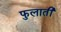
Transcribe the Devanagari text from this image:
फुलाती